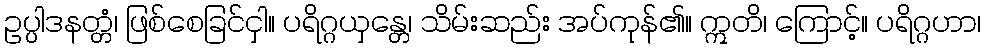
ဥပ္ပါဒနတ္တံ၊ ဖြစ်စေခြင်ငှါ။ ပရိဂ္ဂယှန္တေ၊ သိမ်းဆည်း အပ်ကုန်၏။ ဣတိ၊ ကြောင့်။ ပရိဂ္ဂဟာ၊